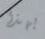
بهذا